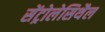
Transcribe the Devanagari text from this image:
सेंट्रोलेसिथैल